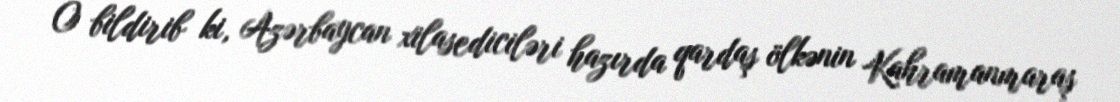
O bildirib ki, Azərbaycan xilasediciləri hazırda qardaş ölkənin Kahramanmaraş